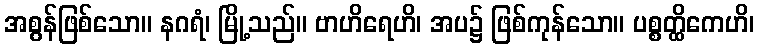
အစွန်ဖြစ်သော။ နဂရံ၊ မြို့သည်။ ဗာဟိရေဟိ၊ အပ၌ ဖြစ်ကုန်သော။ ပစ္စတ္ထိကေဟိ၊